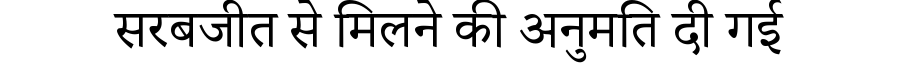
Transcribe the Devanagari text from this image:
सरबजीत से मिलने की अनुमति दी गई